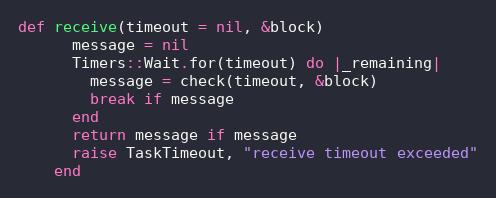
Language: Ruby
def receive(timeout = nil, &block)
      message = nil
      Timers::Wait.for(timeout) do |_remaining|
        message = check(timeout, &block)
        break if message
      end
      return message if message
      raise TaskTimeout, "receive timeout exceeded"
    end